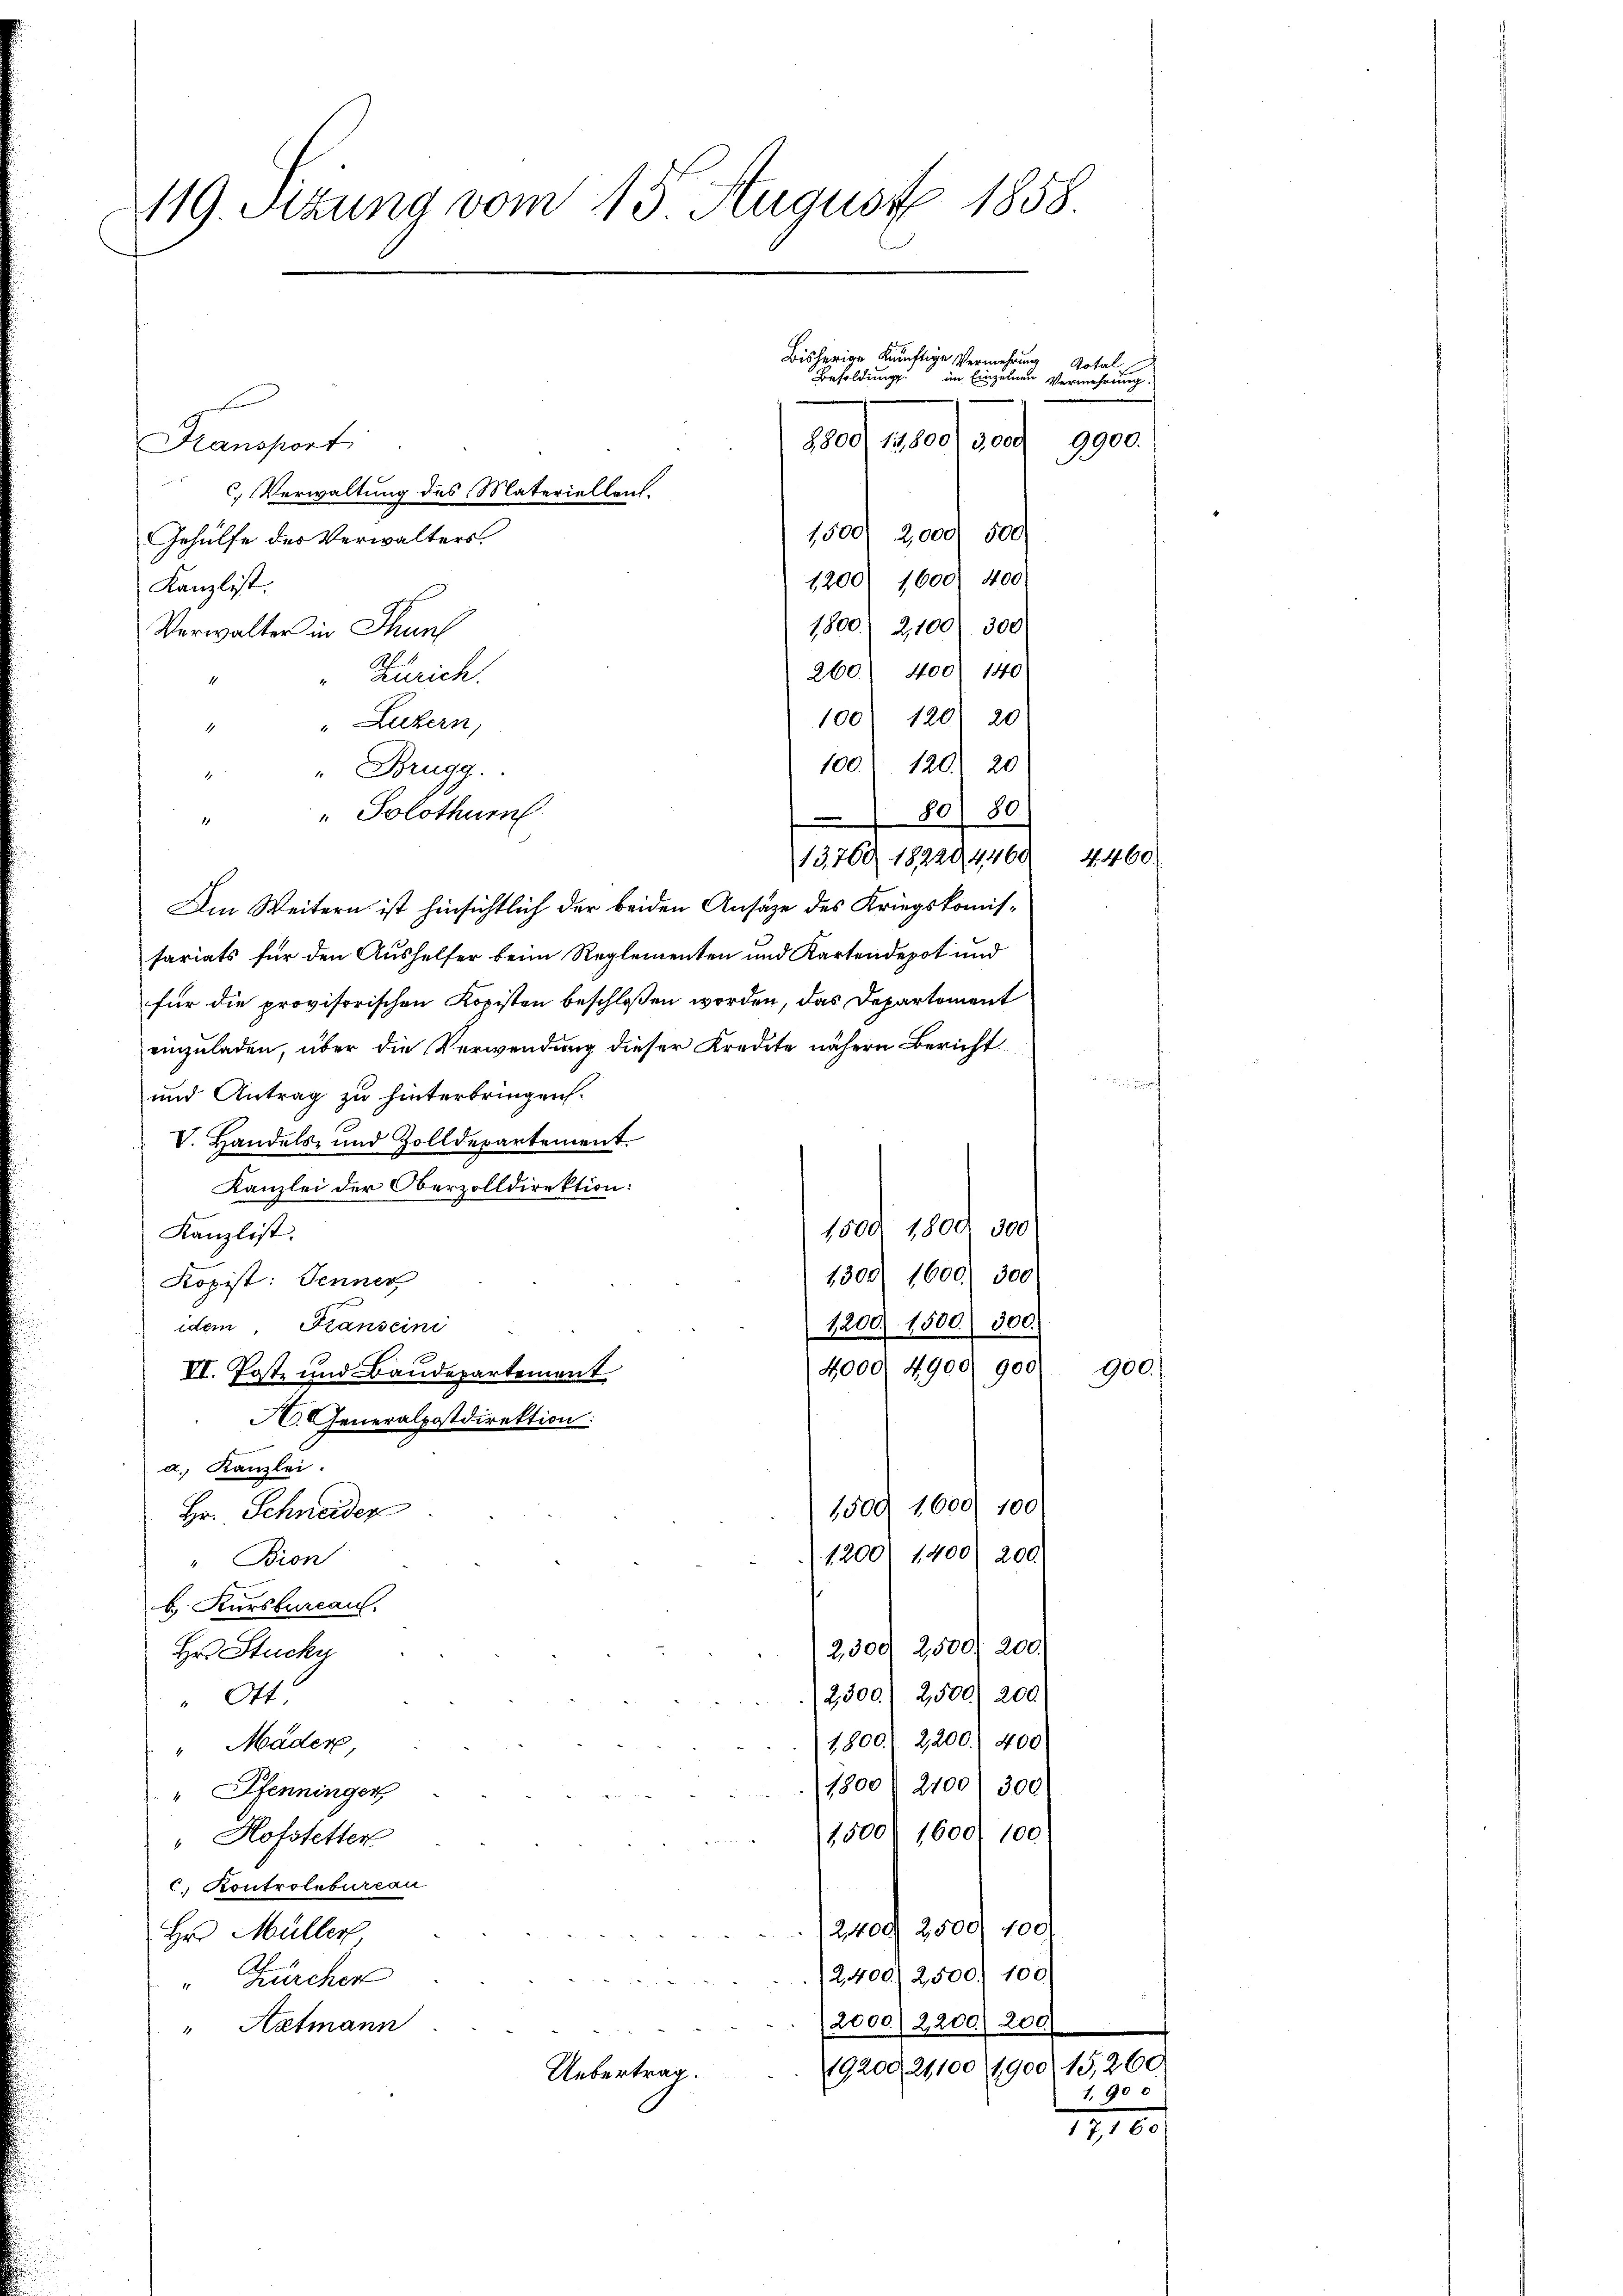
119. Stung vom 13 August 1858

e
Kansport
1500 2,000 500
Gehülfe des Verwalters.
1200) 1600. 400
Kanzlist.
1800. 2,100) 300
Verwalter in Thunf
260. 400 f 140
Zürich.
100) 120 20
" " Luzern,
100. 120. 20
"Brugg
d
80) 80.
" " Solothurn
13,760/ 18228, 4460
Am Weitern ist hinsichtlich der beiden Ansätze des Kriegskomissariats für den Aushelfer beim Reglementen und Kartendepot und
für die provisorischen Kopisten beschloßen worden, das Departement
einzuladen, über die Verwendung dieser Kredite nähern Bericht
und Antrag zu hinterbringen.
V. Handels- und Zolldepartement.
Kanzlei der Oberzolldirektion:
1800
300
1500
Kanzlist.
1308) 1600. 300
Kopist: Jenner
idem Kanscini
1200. 1500. 300.
4000. 4900 900
VI. Postz und Baudepartement
A. Generalpostdirektion:
a. Kanzlei.
1500 1600. 100
Hr. Schneider
1200 1400) 200.
v. Bron
b. Kursbureau.
2,300. 2500, 200.
Hr. Stucky
2500) 2,500/200
" Ott
1800. 2200. 400
"Mäder,
1800 § 21001 300
 Pfenninger
1500 1600. 100
"Hofstetter
c. Kontrolbureau
12,400 2500 100
Hrn Müller
2400) 2500. 100.
" Zürchere
2000. 2200) 200.
Aatmann
19200, 21,100/1900, 15,260
Uebertrag.

C. Verwaltung des Materiellant.

Besoldung.
im Einzelnen Vermehrung.
and das auch

Bisherige künftige Vermehrung Total

9900.

900.

1. 900

4. 460.

127